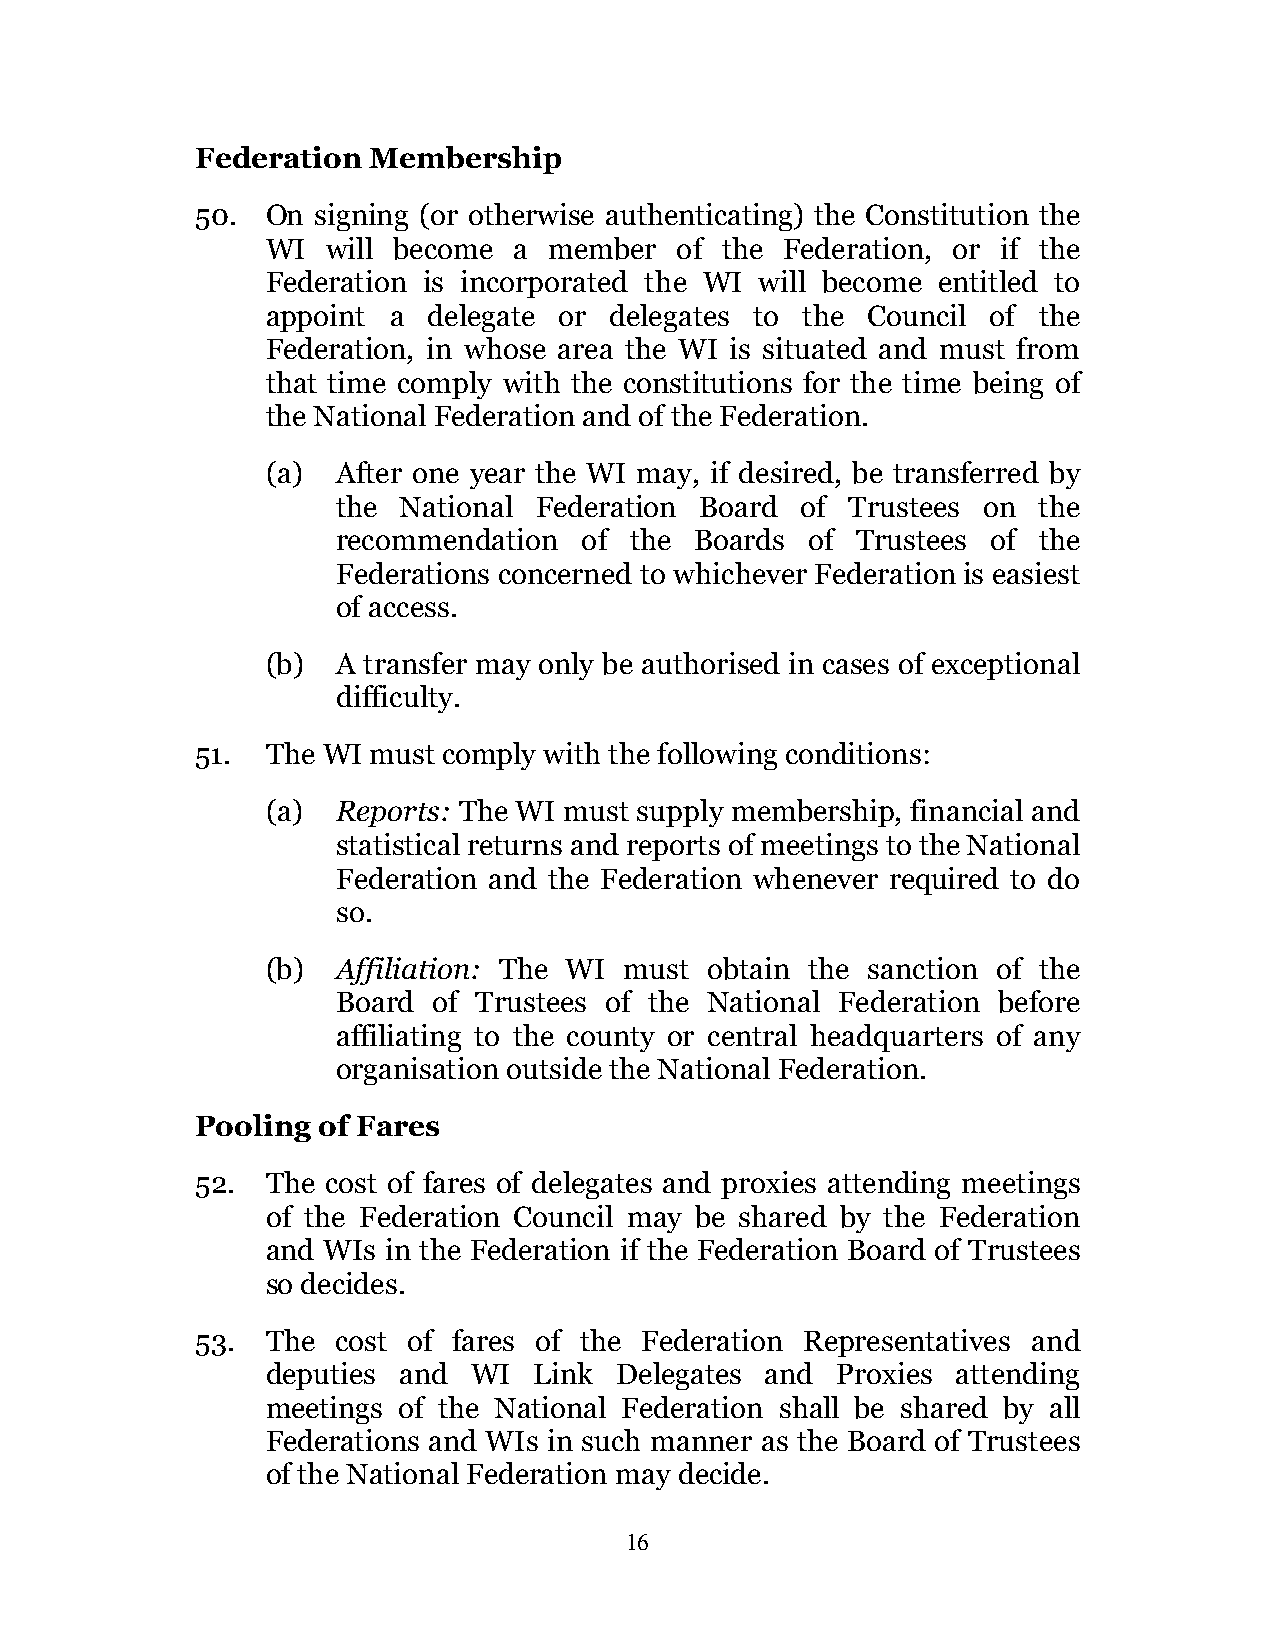
Federation Membership
 50.  On signing (or otherwise authenticating) the Constitution the
 WI  will become a member   of the Federation, or if the
 Federation is incorporated the WI will become entitled to
 appoint a delegate or delegates to the Council  of the
 Federation, in whose area the WI is situated and must from
 that time comply with the constitutions for the time being of
 the National Federation and of the Federation.
 (a) After one year the WI may, if desired, be transferred by
 the National Federation Board  of Trustees on  the
 recommendation  of  the Boards  of Trustees of the
 Federations concerned to whichever Federation is easiest
 of access.
 (b) A transfer may only be authorised in cases of exceptional
 difficulty.
 51.  The WI must comply with the following conditions:
 (a) Reports: The WI must supply membership, financial and
 statistical returns and reports of meetings to the National
 Federation and the Federation whenever required to do
 so.
 (b) Affiliation: The WI must obtain the sanction of the
 Board  of Trustees of the National Federation before
 affiliating to the county or central headquarters of any
 organisation outside the National Federation.
 Pooling of Fares
 52.  The cost of fares of delegates and proxies attending meetings
 of the Federation Council may be shared by the Federation
 and WIs in the Federation if the Federation Board of Trustees
 so decides.
 53.  The cost of fares of the Federation Representatives and
 deputies and WI  Link  Delegates and Proxies attending
 meetings of the National Federation shall be shared by all
 Federations and WIs in such manner as the Board of Trustees
 of the National Federation may decide.
 16